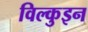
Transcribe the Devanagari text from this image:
विल्कुइन